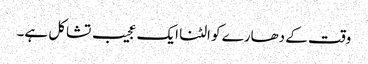
وقت کے دھارے کو الٹنا ایک عجیب تشاکل ہے۔